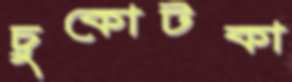
চুকোটকা